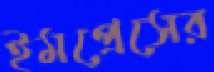
ইমপ্রেসের